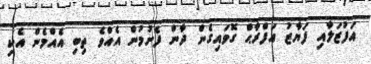
އަފުޒަލާއި ފަޔާޒު އަފްރާޙް ގޮވައިގެން ދާން ފެށުމުން އެއްވެ ތިބި އެއްމެން އެކި